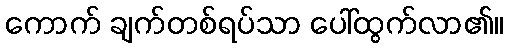
ကောက် ချက်တစ်ရပ်သာ ပေါ်ထွက်လာ၏။